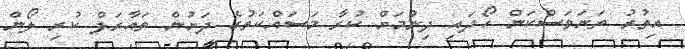
އިތުރު ތަނަވަސްކަން ހޯދައި ދިނުމަށް ކުރާ މަސައްކަތުގެ ދަށުން ތައާރަފް ކުރި ލޯން